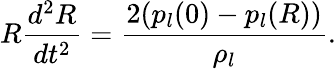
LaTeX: R\frac{d^{2}R}{dt^{2}}=\frac{2(p_{l}(0)-p_{l}(R))}{\rho_{l}}.